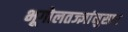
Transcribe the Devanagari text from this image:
भूगोलतज्ज्ञांनुसार